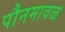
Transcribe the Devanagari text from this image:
पौनमावळ